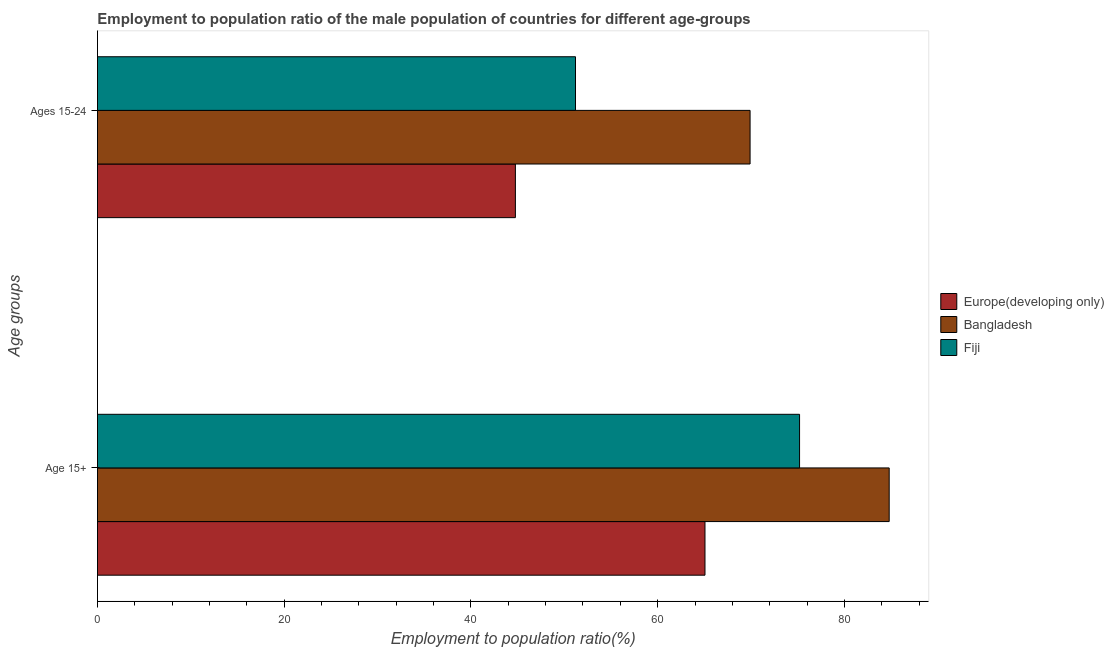
| Age groups | Europe(developing only) | Bangladesh | Fiji |
 | --- | --- | --- | --- |
 | Age 15+ | 65.1 | 84.8 | 75.2 |
 | Ages 15-24 | 44.8 | 69.9 | 51.2 |